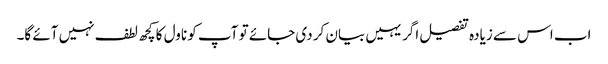
اب اس سے زیادہ تفصیل اگر یہیں بیان کر دی جائے تو آپ کو ناول کا کچھ لطف نہیں آئے گا۔